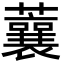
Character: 蘘